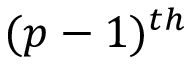
( p - 1 ) ^ { t h }